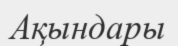
Ақындары